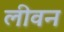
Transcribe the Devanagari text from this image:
लीवन